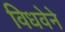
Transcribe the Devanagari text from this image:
विधवेने